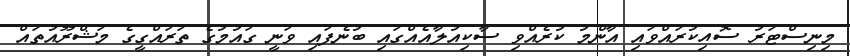
މިނިސްޓަރު ސޮއިކުރައްވައި އާންމު ކުރެއްވި ސާކިއުލާއެއްގައި ބުނެފައި ވަނީ ގައުމުގެ ތަރައްގީގެ މަޝްރޫއުތައް